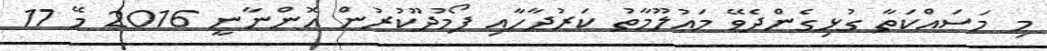
މި މަސައްކަތާ ގުޅިގެންދެވޭ މަޢުލޫމާތު ކަރުދާހާއި ފޯމުދޫކުރުން އޮންނާނީ 2016 މޭ 17